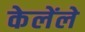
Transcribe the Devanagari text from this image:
केलेंले